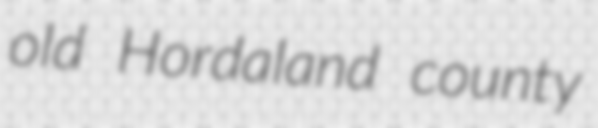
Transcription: old Hordaland county